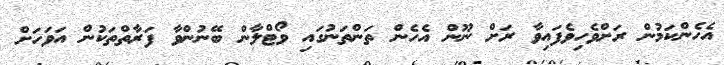
އެހެންކަމުން ރަށްވެހިވެފައިވާ ރަށް ނޫން އެހެން ތަންތަނުގައި ވޯޓްލާން ބޭނުންވާ ފަރާތްތަކުން އަވަހަށް